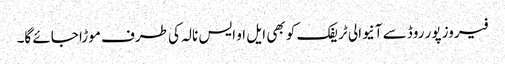
فیروز پور روڈ سے آنیوالی ٹریفک کو بھی ایل او ایس نالہ کی طرف موڑا جائے گا۔